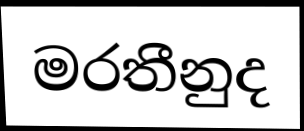
මරතීනුද